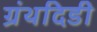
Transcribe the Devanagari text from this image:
ग्रंथदिडी